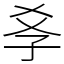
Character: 𡥈